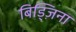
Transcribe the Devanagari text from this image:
बिड्ज़िना